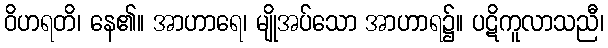
ဝိဟရတိ၊ နေ၏။ အာဟာရေ၊ မျိုအပ်သော အာဟာရ၌။ ပဋိကူလာသညီ၊